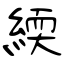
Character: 緛